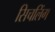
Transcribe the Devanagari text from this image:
सिचलिंग